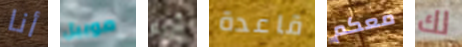
أنا موبيل أزرع قاعدة معكم لك